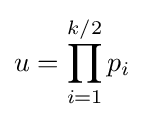
u=\prod _{i=1}^{k/2}p_{i}